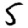
Digit: 5